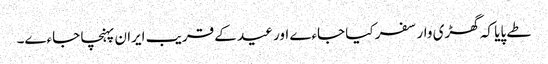
طے پایا کہ گھڑی وار سفر کیا جاءے اور عید کے قریب ایران پہنچا جاءے۔